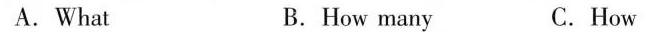
A.What B. How many C.How